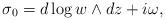
LaTeX: \begin{align*}\sigma_{0} = d\log w \wedge dz + i \omega,\end{align*}